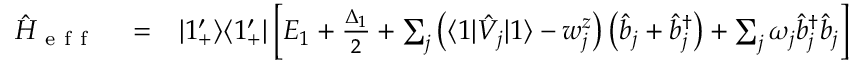
\begin{array} { r l r } { \hat { H } _ { \mathrm { ~ e ~ f ~ f ~ } } } & { { } = } & { | 1 _ { + } ^ { \prime } \rangle \langle 1 _ { + } ^ { \prime } | \left[ E _ { 1 } + \frac { \Delta _ { 1 } } { 2 } + \sum _ { j } \left( \langle 1 | \hat { V } _ { j } | 1 \rangle - w _ { j } ^ { z } \right) \left( \hat { b } _ { j } + \hat { b } _ { j } ^ { \dagger } \right) + \sum _ { j } \omega _ { j } \hat { b } _ { j } ^ { \dagger } \hat { b } _ { j } \right] } \end{array}